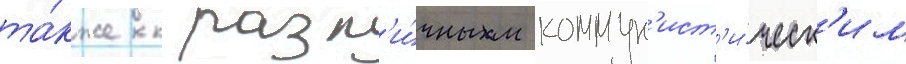
та́кже к разл'и́чным коммун'ист'и́ческ'им